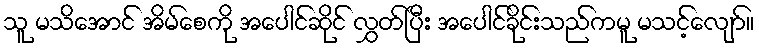
သူ မသိအောင် အိမ်စေကို အပေါင်ဆိုင် လွှတ်ပြီး အပေါင်ခိုင်းသည်ကမူ မသင့်လျော်။